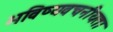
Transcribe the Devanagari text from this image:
भविष्‍यवचनीयता